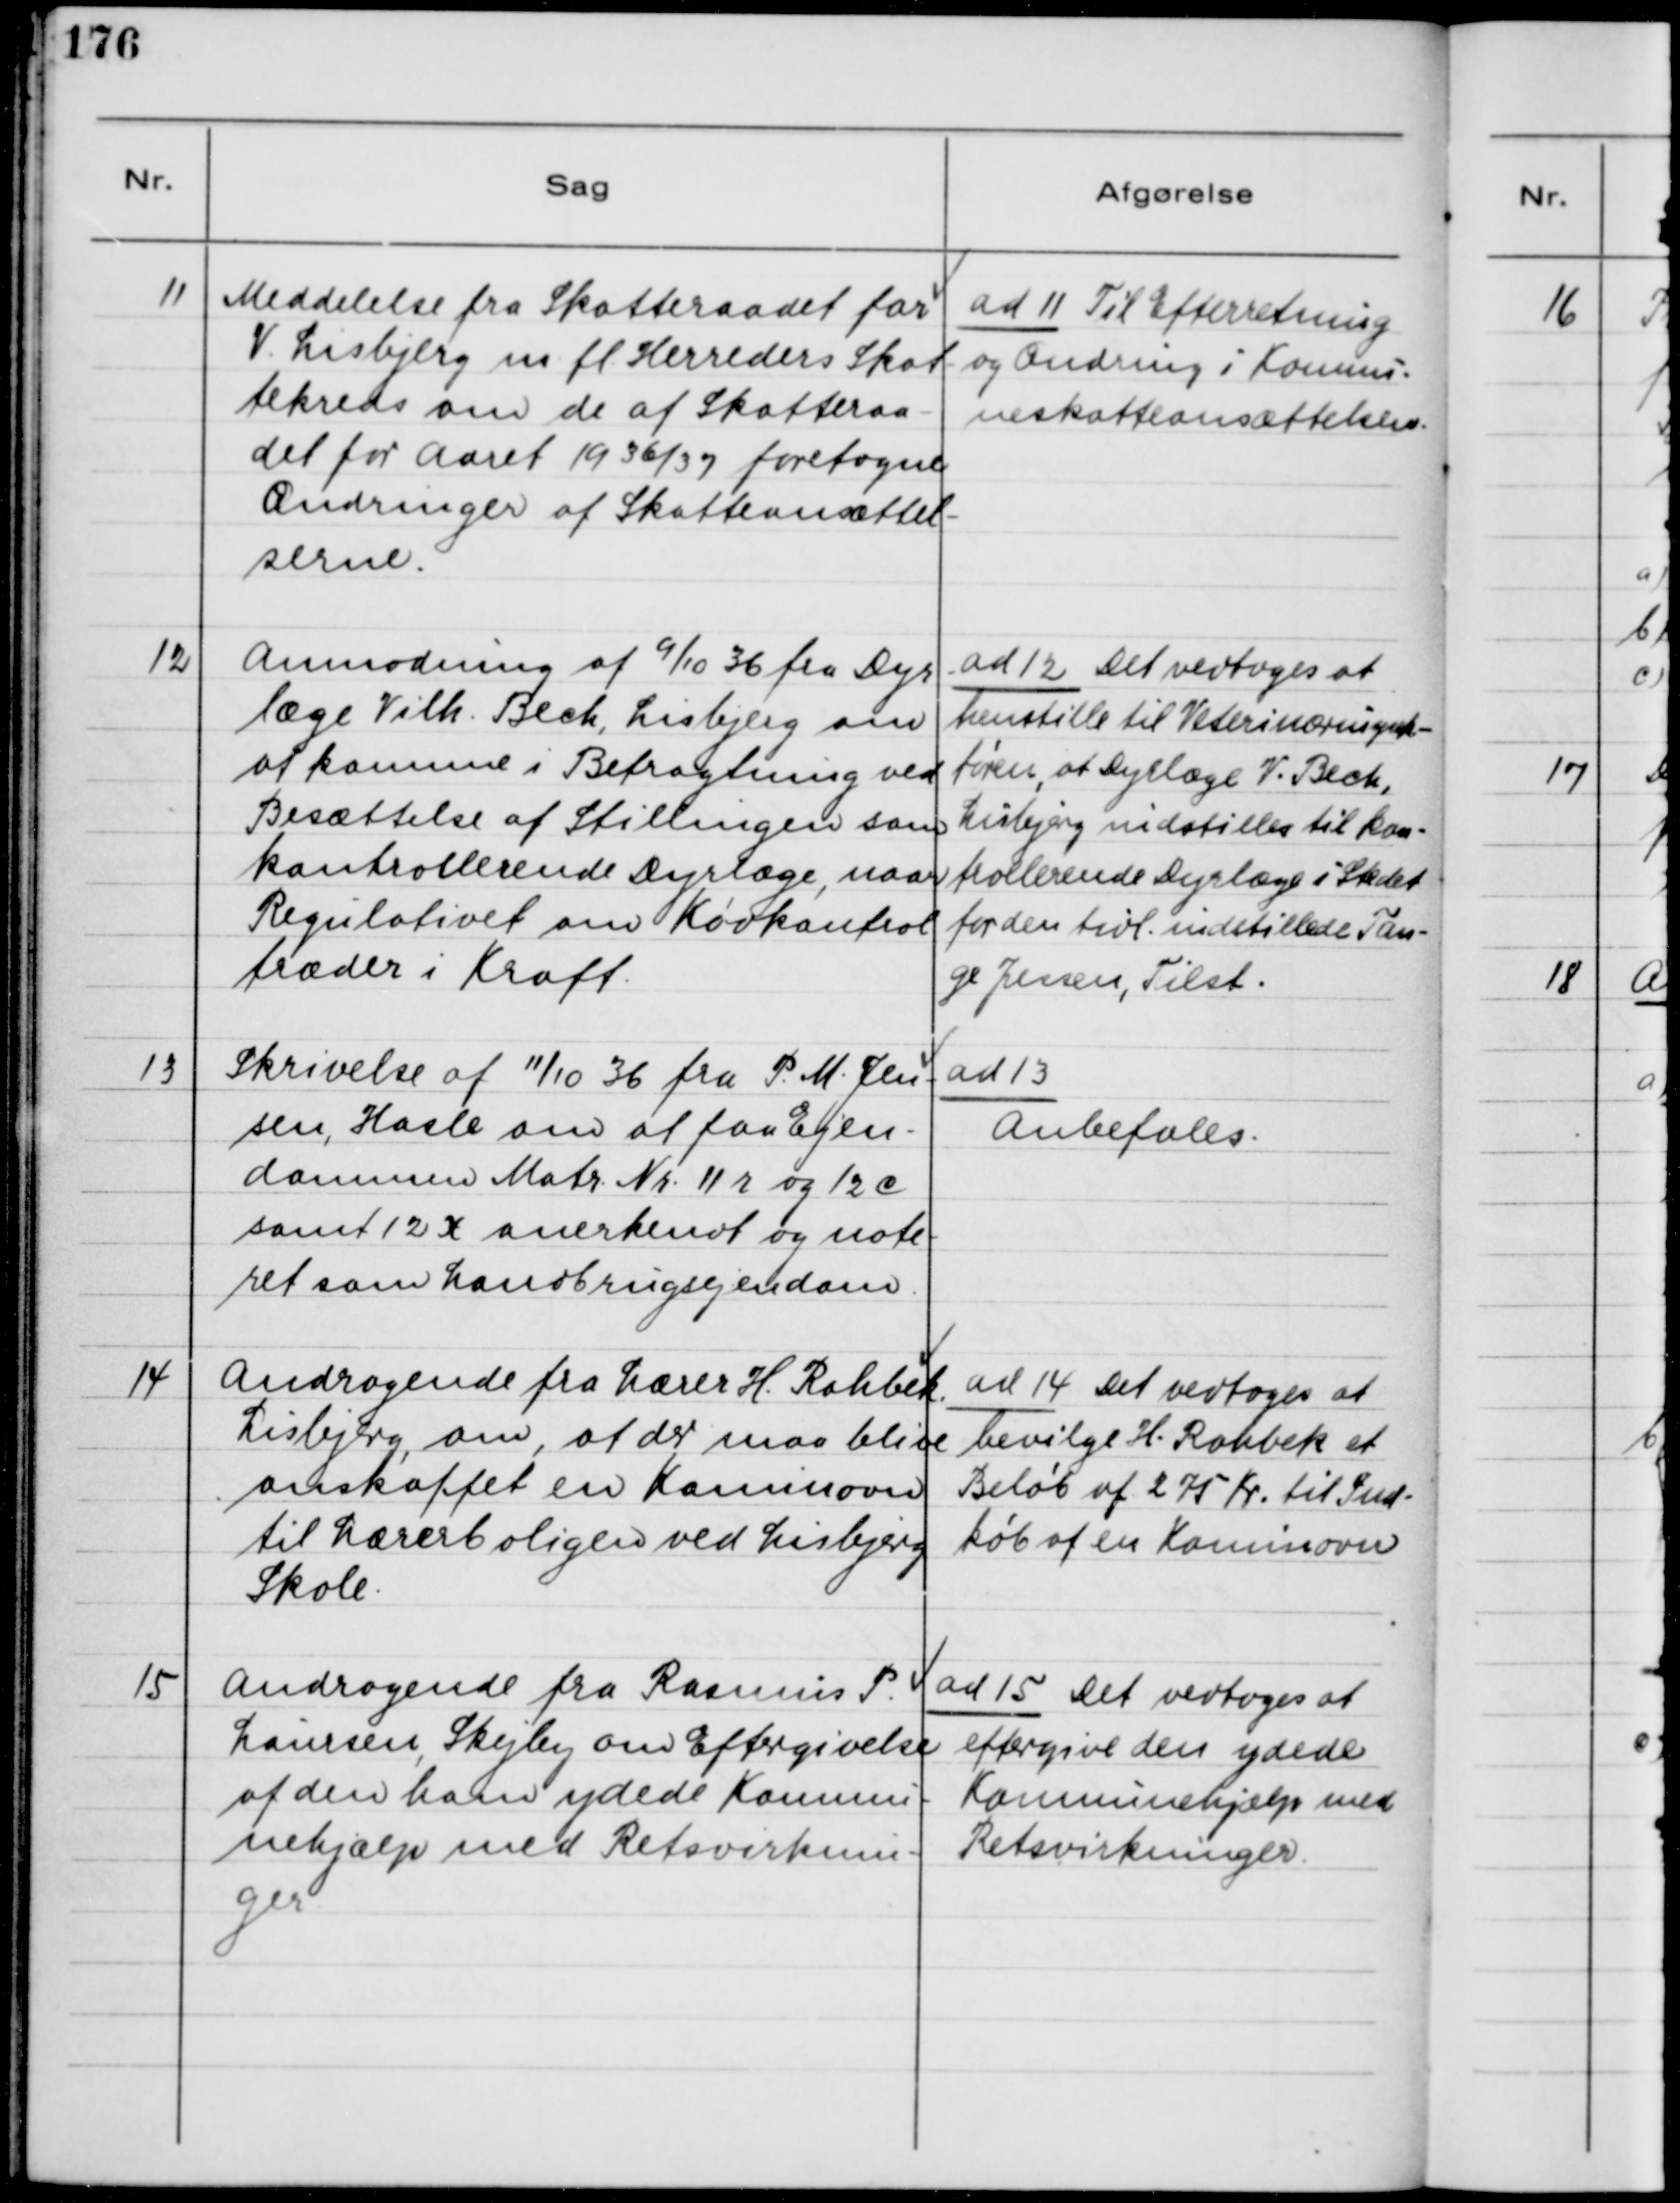
Transskription:
11
Meddelelse fra Skatteraadet for
V Lisbjerg m fl Herreders Skat-
tekreds om de af Skatteraa-
det for Aaret 1936/37 foretagne
Ændringer af Skatteansættel-
serne.
ad 11 Til Efterretning
og Ændring i Kommu-
neskatteansættelsen.
12
Anmodning af 9/10 fra Dyr-
læge Vilh. Beck, Lisbjerg om
at komme i Betragtning ved
Besættelse af Stillingen som
Kontrollerende Dyrlæge, naar
Regulativet om Kødkontrol
træder i Kraft.
ad 12 Det vedtoges at
henstille til Veterinærinspek-
tøren, at Dyrlæge V. Beck,
Lisbjerg indstilles til kon-
trollerende Dyrlæge i Stedet
for den tidl. indstillede Tan-
ge Jessen, Tilst.
13
Skrivelse af 11/10 36 fra P.M. Jen-
sen, Hasle om at faa Ejen-
dommen Matr. Nr. 11 r og 12 c
samt 12 x anerkendt og note-
ret som Landbrugsejendom.
ad 13
Anbefales.
14
Andragende fra Lærer H. Rahbek
Lisbjerg, om, at der maa blive
anskaffet en Kaminovn
til Lærerboligen ved Lisbjerg
Skole.
ad 14 Det vedtoges at
bevilge H. Rahbek et 
Beløb af 275 Kr. til Ind-
køb af en Kaminovn.
15
Andragende fra Rasmus P.
Laursen, Skejby om Eftergivelse
af den ham ydede Kommu-
nehjælp med Retsvirknin-
ger
ad 15 Det vedtoges at
eftergive den ydede
Kommunehjælp med
Retsvirkninger.